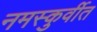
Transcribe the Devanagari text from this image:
नमस्कुर्वीत